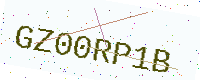
Text: GZ00RP1B